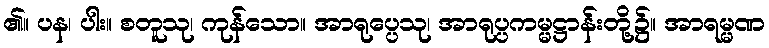
၏။ ပန၊ ပါး။ စတူသု၊ ကုန်သော။ အာရုပ္ပေသု၊ အာရုပ္ပကမ္မဋ္ဌာန်းတို့၌။ အာရမ္မဏ